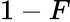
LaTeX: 1-F